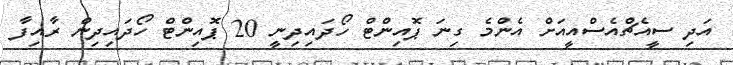
އަދި ސީއެޗްއެސްއީއަށް އެންމެ ގިނަ ޕޮއިންޓް ހޯދައިދިނީ 20 ޕޮއިންޓް ހޯދައިދިން ރާއިފާ